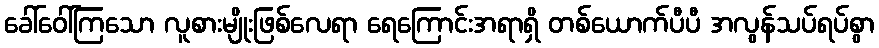
ခေါ်ဝေါ်ကြသော လူစားမျိုးဖြစ်လေရာ ရေကြောင်းအရာရှိ တစ်ယောက်ပီပီ အလွန်သပ်ရပ်စွာ